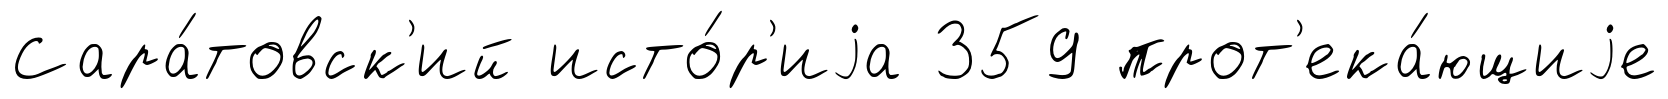
Сара́товск'ий исто́р'иjа 359 прот'ека́ющиjе